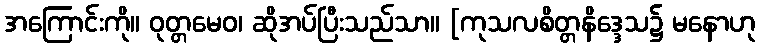
အကြောင်းကို။ ဝုတ္တမေဝ၊ ဆိုအပ်ပြီးသည်သာ။ [ကုသလစိတ္တနိဒ္ဒေသ၌ မနောဟု